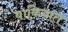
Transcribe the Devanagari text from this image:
बाकियात